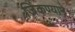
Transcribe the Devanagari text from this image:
जिंकण्याने